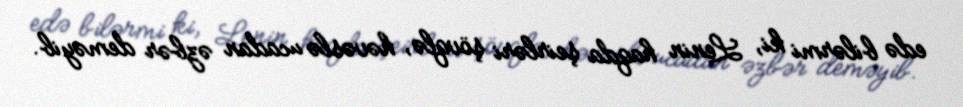
edə bilərmi ki, Lenin haqda şeirləri şövqlə, həvəslə ucadan əzbər deməyib.